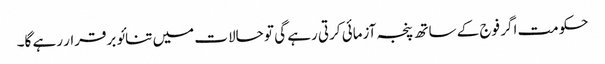
حکومت اگر فوج کے ساتھ پنجہ آزمائی کرتی رہے گی تو حالات میں تنائو برقرار رہے گا۔